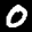
Label: 0